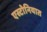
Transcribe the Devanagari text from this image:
एस्टोनियात